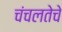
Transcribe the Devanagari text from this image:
चंचलतेचे